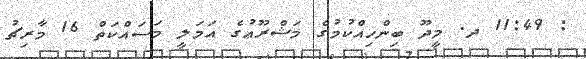
: 11:49 ދ. މީދޫ ބިންހިއްކުމުގެ މަޝްރޫޢުގެ އަމަލީ މަސައްކަތް 16 މާރިޗު